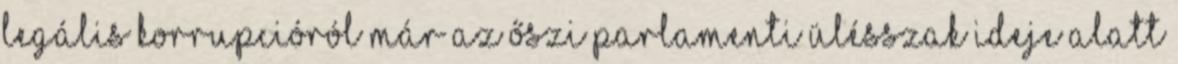
legális korrupcióról már az őszi parlamenti ülésszak ideje alatt